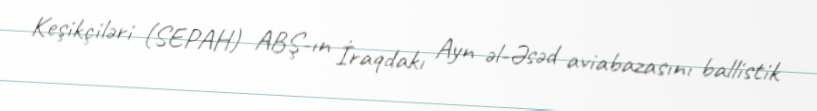
Keşikçiləri (SEPAH) ABŞ-ın İraqdakı Ayn əl-Əsəd aviabazasını ballistik